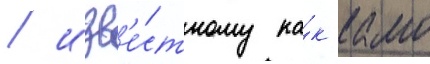
/ изв'е́стному ка́к камо